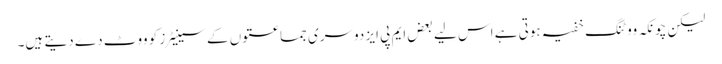
لیکن چونکہ ووٹنگ خفیہ ہوتی ہے اس لیے بعض ایم پی ایز دوسری جماعتوں کے سینیٹرز کو ووٹ دے دیتے ہیں۔